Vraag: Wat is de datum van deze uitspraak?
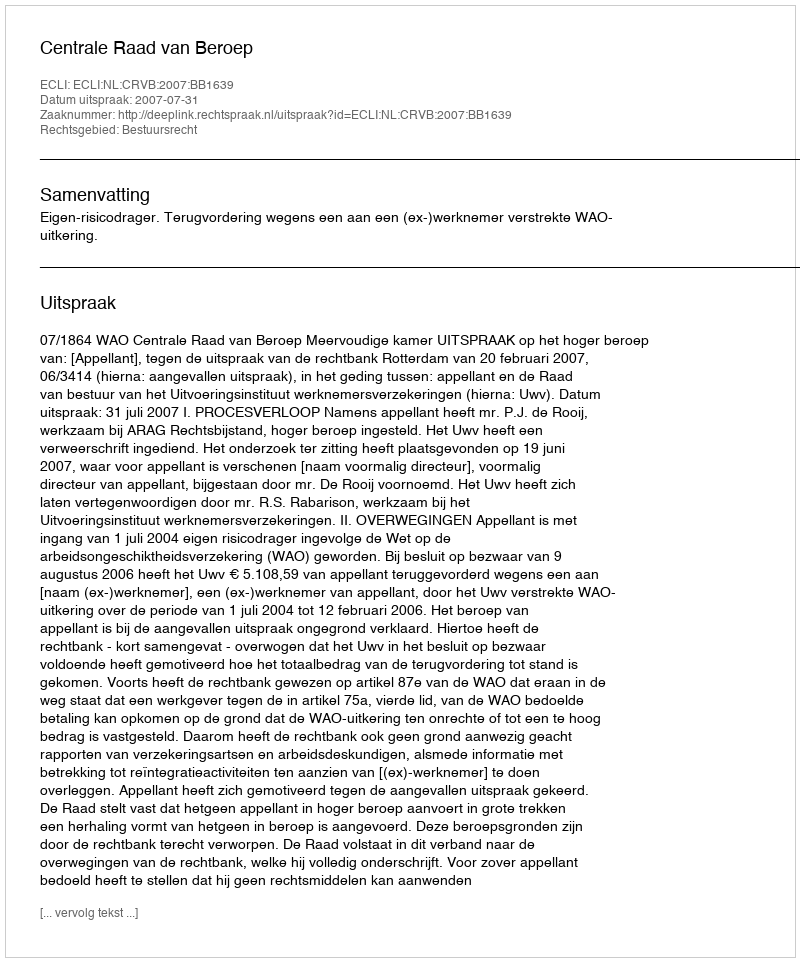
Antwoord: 2007-07-31